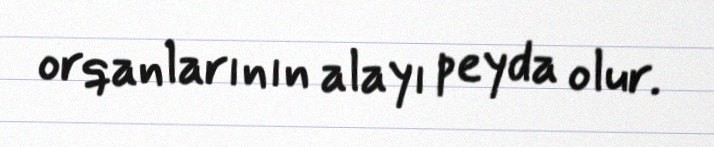
orqanlarının alayı peyda olur.